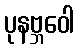
ပုနဗ္ဘဝေါ